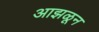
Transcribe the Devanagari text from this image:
आझळून